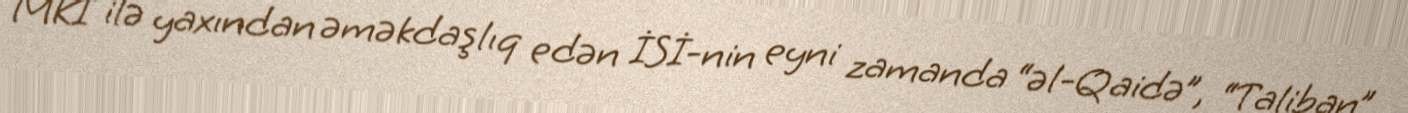
MKİ ilə yaxından əməkdaşlıq edən İSİ-nin eyni zamanda “əl-Qaidə”, “Taliban”